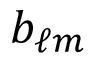
b _ { \ell m }